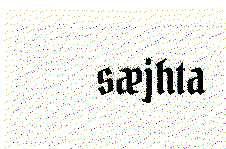
sæjhta